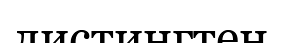
листингтен